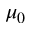
\mu _ { 0 }